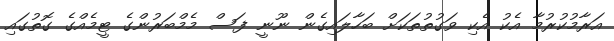
އަރާމުކުރުމާ އެކު އެކި ވަގުތުތަކަށް ބަހާލައިގެން ނޫނީ ފަސް މެމްބަރުންގެ ޓީމެއްގެ ގޮތުގައި